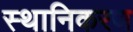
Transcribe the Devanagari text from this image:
स्थानिकरण